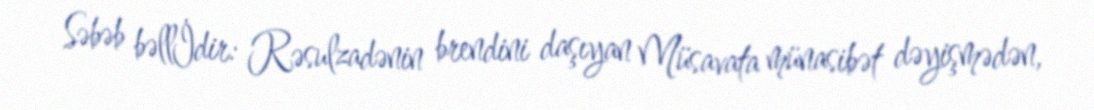
Səbəb bəllİdir: Rəsulzadənin brendini daşıyan Müsavata münasibət dəyişmədən,